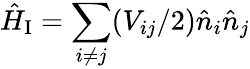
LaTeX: \hat{H}_{\mathrm{I}}=\sum_{i\neq j}(V_{ij}/2)\hat{n}_{i}\hat{n}_{j}